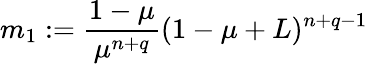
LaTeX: m_{1}:=\frac{1-\mu}{\mu^{n+q}}(1-\mu+L)^{n+q-1}